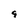
Character: 9